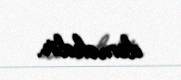
deməkdir.